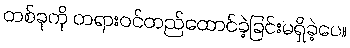
တစ်ခုကို တရားဝင်တည်ထောင်ခဲ့ခြင်းမရှိခဲ့ပေ။